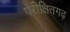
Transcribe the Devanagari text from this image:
परीक्षितगढ़